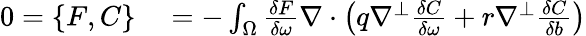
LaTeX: \begin{array}{rl}{0=\{ F,C\} }&{{}=-\int_{\Omega}\frac{\delta F}{\delta\omega}\nabla\cdot\left(q\nabla^{\perp}\frac{\delta C}{\delta\omega}+r\nabla^{\perp}\frac{\delta C}{\delta b}\right)}\end{array}